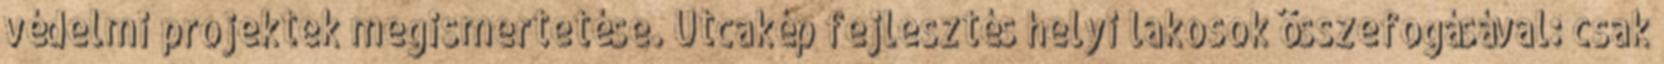
védelmi projektek megismertetése. Utcakép fejlesztés helyi lakosok összefogásával: csak